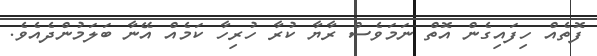
ފޮތެއް ހިފައިގެން އޮތް ނަމަވެސް ރާޔާ ކުރާ ހުރިހާ ކަމެއް އޭނާ ބަލަމުންދެއެވެ.